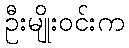
ဦးမျိုးဝင်းက